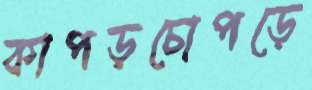
কাপড়চোপড়ে